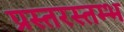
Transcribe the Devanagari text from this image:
प्रस्तरस्तम्भ